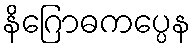
နိဂြောဓကပ္ပေန